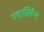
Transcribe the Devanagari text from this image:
पदातिसैन्यं